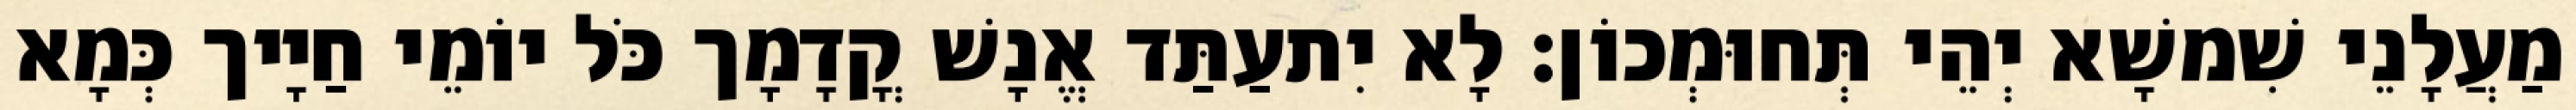
מַעֲלָנֵי שִׁמשָׁא יְהֵי תְּחוּמְכוֹן׃ לָא יִתעַתַּד אֱנָשׁ קֳדָמָך כֹּל יוֹמֵי חַיָיך כְּמָא